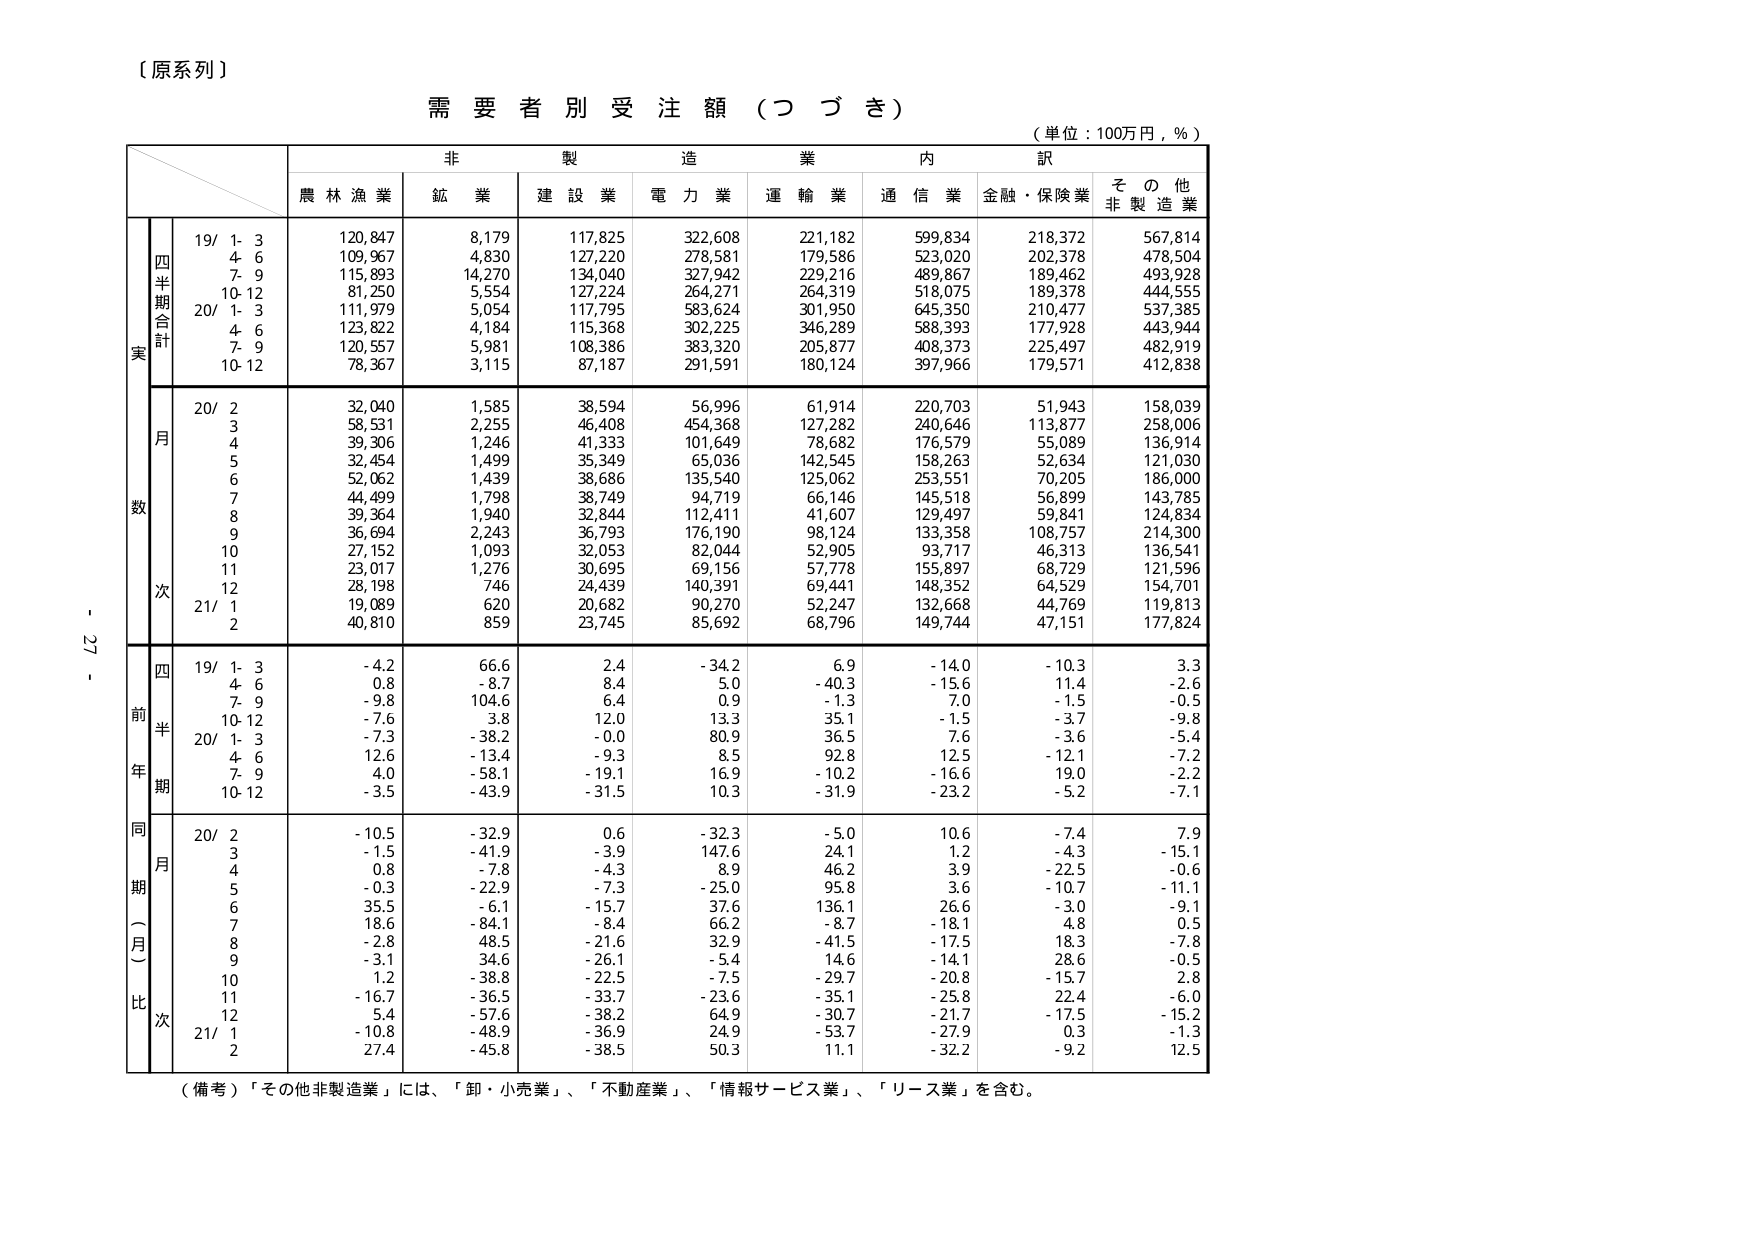
【原系列】

需要者別受注額（つづき）

（単位：100万円，％）

非製造業内訳

農林漁業　鉱業　建設業　電力業　運輸業　通信業　金融・保険業　その他非製造業

実

四半期合計

19/ 1-3　120,847　8,179　117,825　322,608　221,182　599,834　218,372　567,814
　　4-6　109,967　4,830　127,220　278,581　179,586　523,020　202,378　478,504
　　7-9　115,893　14,270　134,040　327,942　229,216　489,867　189,462　493,928
　　10-12　81,250　5,554　127,224　264,271　264,319　518,075　189,378　444,555
20/ 1-3　111,979　5,054　117,795　583,624　301,950　645,350　210,477　537,385
　　4-6　123,822　4,184　115,368　302,225　346,289　588,393　177,928　443,944
　　7-9　120,557　5,981　108,386　383,320　205,877　408,373　225,497　482,919
　　10-12　78,367　3,115　87,187　291,591　180,124　397,966　179,571　412,838

月

数

20/ 2　32,040　1,585　38,594　56,996　61,914　220,703　51,943　158,039
　　3　58,531　2,255　46,408　454,368　127,282　240,646　113,877　258,006
　　4　39,306　1,246　41,333　101,649　78,682　176,579　55,089　136,914
　　5　32,454　1,499　35,349　65,036　142,545　158,263　52,634　121,030
　　6　52,062　1,439　38,686　135,540　125,062　253,551　70,205　186,000
　　7　44,499　1,798　38,749　94,719　66,146　145,518　56,899　143,785
　　8　39,364　1,940　32,844　112,411　41,607　129,497　59,841　124,834
　　9　36,694　2,243　36,793　176,190　98,124　133,358　108,757　214,300
　　10　27,152　1,093　32,053　82,044　52,905　93,717　46,313　136,541
　　11　23,017　1,276　30,695　69,156　57,778　155,897　68,729　121,596
　　12　28,198　746　24,439　140,391　69,441　148,352　64,529　154,701
21/ 1　19,089　620　20,682　90,270　52,247　132,668　44,769　119,813
　　2　40,810　859　23,745　85,692　68,796　149,744　47,151　177,824

前年同期（月）比

四半期

19/ 1-3　-4.2　66.6　2.4　-34.2　6.9　-14.0　-10.3　3.3
　　4-6　0.8　-8.7　8.4　5.0　-40.3　-15.6　11.4　-2.6
　　7-9　-9.8　104.6　6.4　0.9　-1.3　7.0　-1.5　-0.5
　　10-12　-7.6　3.8　12.0　13.3　35.1　-1.5　-3.7　-9.8
20/ 1-3　-7.3　-38.2　-0.0　80.9　36.5　7.6　-3.6　-5.4
　　4-6　12.6　-13.4　-9.3　8.5　92.8　12.5　-12.1　-7.2
　　7-9　4.0　-58.1　-19.1　16.9　-10.2　-16.6　19.0　-2.2
　　10-12　-3.5　-43.9　-31.5　10.3　-31.9　-23.2　-5.2　-7.1

同月

20/ 2　-10.5　-32.9　0.6　-32.3　-5.0　10.6　-7.4　7.9
　　3　-1.5　-41.9　-3.9　147.6　24.1　1.2　-4.3　-15.1
　　4　0.8　-7.8　-4.3　8.9　46.2　3.9　-22.5　-0.6
　　5　-0.3　-22.9　-7.3　-25.0　95.8　3.6　-10.7　-11.1
　　6　35.5　-6.1　-15.7　37.6　136.1　26.6　3.0　-9.1
　　7　18.6　-84.1　-8.4　66.2　-8.7　-18.1　4.8　0.5
　　8　-2.8　48.5　-21.6　32.9　-41.5　-17.5　18.3　-7.8
　　9　-3.1　34.6　-26.1　-5.4　14.6　-14.1　28.6　-0.5
　　10　1.2　-38.8　-22.5　-7.5　-29.7　-20.8　-15.7　2.8
　　11　-16.7　-36.5　-33.7　-23.6　-35.1　-25.8　22.4　-6.0
　　12　5.4　-57.6　-38.2　64.9　-30.7　-21.7　-17.5　-15.2
21/ 1　-10.8　-48.9　-36.9　24.9　-53.7　-27.9　0.3　-1.3
　　2　27.4　-45.8　-38.5　50.3　11.1　-32.2　-9.2　12.5

（備考）「その他非製造業」には、「卸・小売業」、「不動産業」、「情報サービス業」、「リース業」を含む。